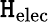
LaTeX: \mathtt{H}_{\mathrm{{elec}}}